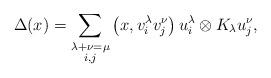
LaTeX: \begin{align*} \Delta(x) = \sum_{\substack{\lambda+\nu=\mu \\ i,j}} \left(x,v_i^{\lambda}v_j^{\nu}\right)u_i^\lambda\otimes K_\lambda u_j^{\nu},\end{align*}